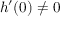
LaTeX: h ^ { \prime } ( 0 ) \neq 0